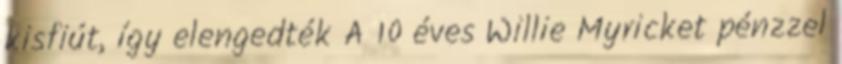
kisfiút, így elengedték A 10 éves Willie Myricket pénzzel